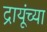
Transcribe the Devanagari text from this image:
द्रायूंच्या